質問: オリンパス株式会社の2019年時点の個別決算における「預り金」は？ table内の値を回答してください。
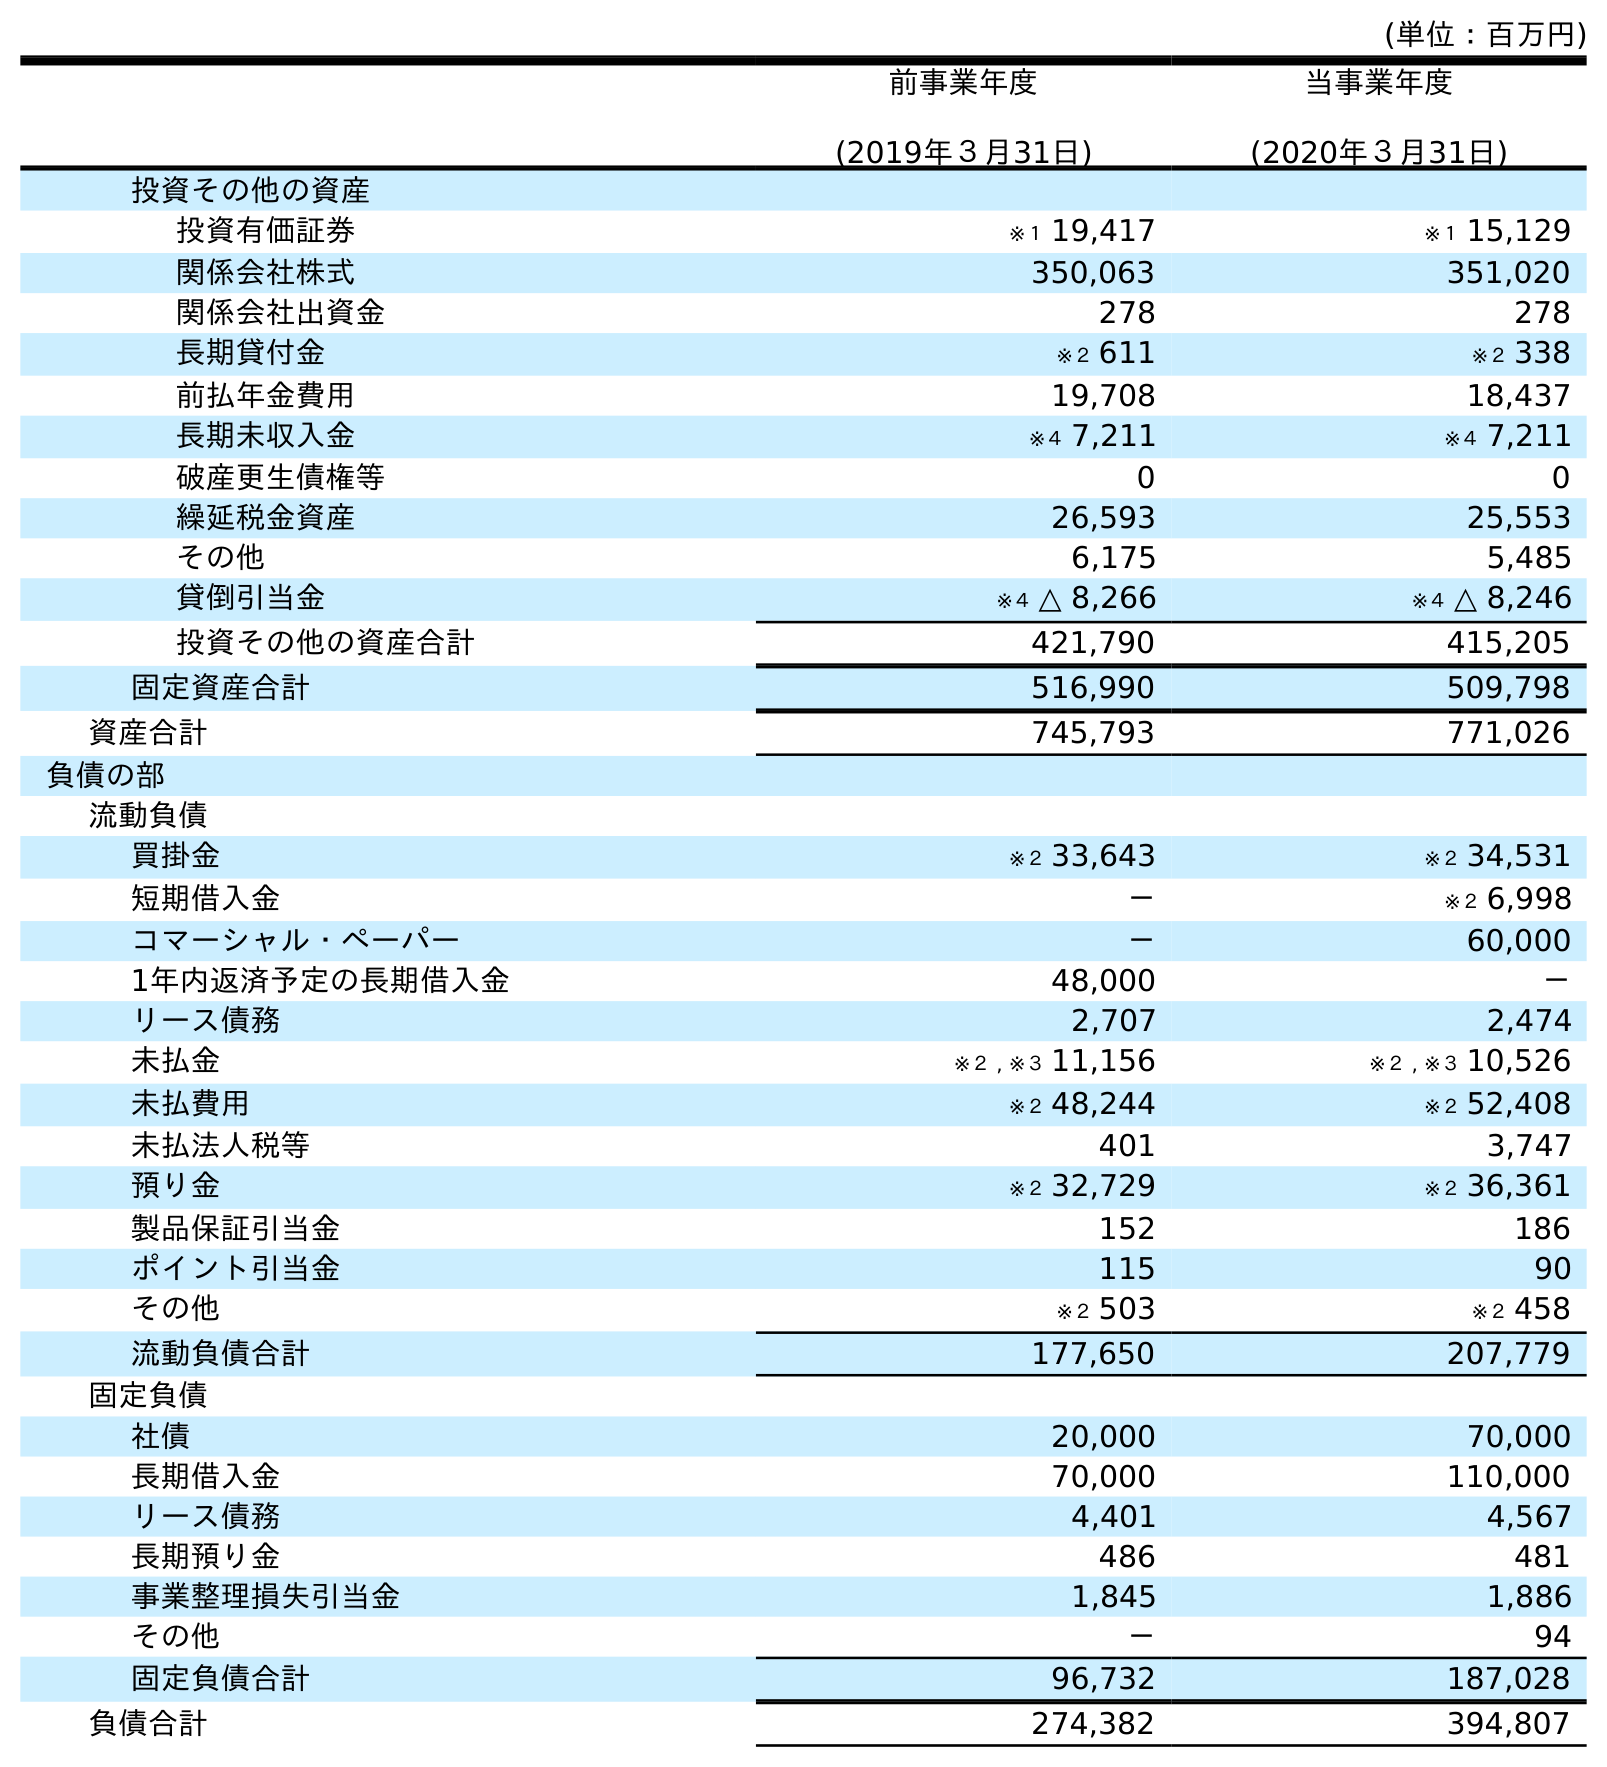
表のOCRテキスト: (単位：百万円) 前事業年度 (2019年３月31日) 当事業年度 (2020年３月31日) 投資その他の資産 投資有価証券 ※１ 19,417 ※１ 15,129 関係会社株式 350,063 351,020 関係会社出資金 278 278 長期貸付金 ※２ 611 ※２ 338 前払年金費用 19,708 18,437 長期未収入金 ※４ 7,211 ※４ 7,211 破産更生債権等 0 0 繰延税金資産 26,593 25,553 その他 6,175 5,485 貸倒引当金 ※４ △ 8,266 ※４ △ 8,246 投資その他の資産合計 421,790 415,205 固定資産合計 516,990 509,798 資産合計 745,793 771,026 負債の部 流動負債 買掛金 ※２ 33,643 ※２ 34,531 短期借入金 － ※２ 6,998 コマーシャル・ペーパー － 60,000 1年内返済予定の長期借入金 48,000 － リース債務 2,707 2,474 未払金 ※２ , ※３ 11,156 ※２ , ※３ 10,526 未払費用 ※２ 48,244 ※２ 52,408 未払法人税等 401 3,747 預り金 ※２ 32,729 ※２ 36,361 製品保証引当金 152 186 ポイント引当金 115 90 その他 ※２ 503 ※２ 458 流動負債合計 177,650 207,779 固定負債 社債 20,000 70,000 長期借入金 70,000 110,000 リース債務 4,401 4,567 長期預り金 486 481 事業整理損失引当金 1,845 1,886 その他 － 94 固定負債合計 96,732 187,028 負債合計 274,382 394,807
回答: ※２32,729